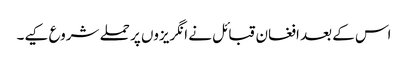
اس کے بعد افغان قبائل نے انگریزوں پر حملے شروع کیے۔